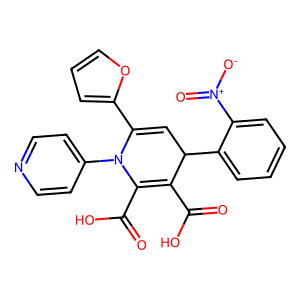
SMILES: O=C(O)C1=C(C(=O)O)N(c2ccncc2)C(c2ccco2)=CC1c1ccccc1[N+](=O)[O-]
Inhibits HIV replication: No